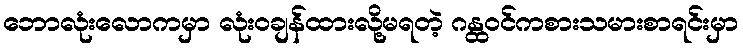
ဘောလုံးလောကမှာ လုံးဝချန်ထားလို့မရတဲ့ ဂန္ထဝင်ကစားသမားစာရင်းမှာ